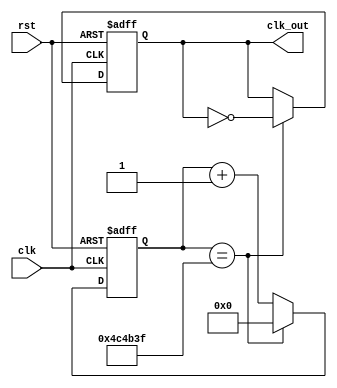
`timescale 1ns / 1ps
//////////////////////////////////////////////////////////////////////////////////
// Company: 
// Engineer: 
// 
// Design Name: 
// Module Name: clockDivider
// Project Name: 
// Target Devices: 
// Tool Versions: 
// Description: 
// 
// Dependencies: 
// 
// Revision:
// Revision 0.01 - File Created
// Additional Comments:
// 
//////////////////////////////////////////////////////////////////////////////////


module clockDivider#(parameter n = 5000000) (input clk, rst, output reg clk_out);
reg [31:0] count;

always @ (posedge clk, posedge rst) begin
if (rst == 1'b1) count <= 32'b0;
else if (count == n-1) count <= 32'b0;
else count <= count + 1;
end

always @ (posedge clk, posedge rst) begin
if (rst) clk_out <= 0;
else if (count == n-1) clk_out <= ~ clk_out;
end
endmodule